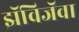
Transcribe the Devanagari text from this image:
झॅविजॅवा